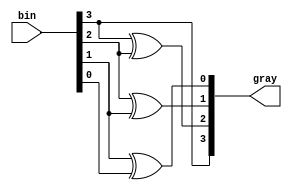
module bin_to_gray #(
    parameter fifo_depth = 8,
    parameter addr_width = $clog2(fifo_depth)
) (
    input [addr_width:0] bin,
    output [addr_width:0] gray
);

    genvar i;
    assign gray[addr_width] = bin[addr_width];
    generate
        for (i = addr_width-1; i >= 0; i = i-1) begin
            assign gray[i] = bin[i+1] ^ bin[i];
        end
    endgenerate

endmodule